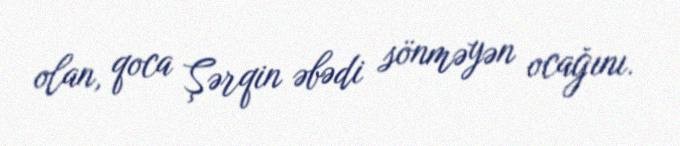
olan, qoca Şərqin əbədi sönməyən ocağını.